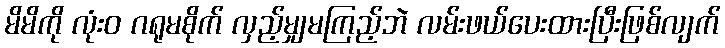
မိမိကို လုံးဝ ဂရုမစိုက် လှည့်မျှမကြည့်ဘဲ လမ်းဖယ်ပေးထားပြီးဖြစ်လျက်